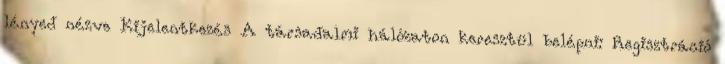
lényed nézve Kijelentkezés A társadalmi hálózaton keresztül belépni: Regisztráció